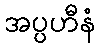
အပ္ပဟီနံ